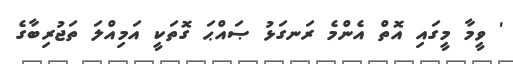
' ވީމާ މީގައި އޮތް އެންމެ ރަނގަޅު ޞައްޙަ ގޮތަކީ އަމިއްލަ ތަޖުރިބާގެ